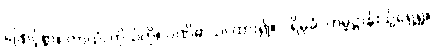
ဖြောင့်စွာ။ ကာယံ၊ ကိုယ်ကို။ ပဏိဓာယ၊ ထား၍။ ပရိမုခံ၊ ကမ္မဋ္ဌာန်းသို့ရှေ့ရှု။